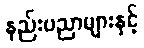
နည်းပညာများနှင့်